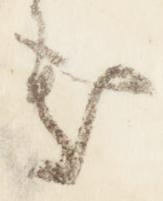
処